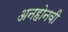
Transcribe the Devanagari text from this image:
अनहोनवी